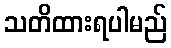
သတိထားရပါမည်